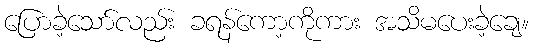
ပြောခဲ့သော်လည်း ခရန်ကော့ကိုကား အသိမပေးခဲ့ချေ။